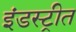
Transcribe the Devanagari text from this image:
इंडस्ट्रीत